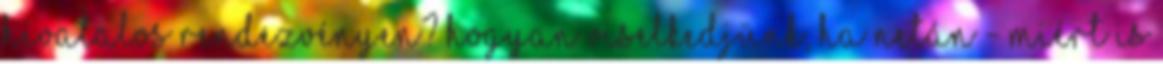
hivatalos rendezvényen? Hogyan viselkedjünk, ha netán - miért is